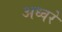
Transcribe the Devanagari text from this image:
अध्वरे